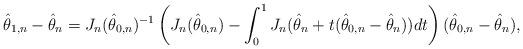
LaTeX: \begin{align*} \hat{\theta}_{1,n} - \hat{\theta}_{n} = J_n(\hat{\theta}_{0,n})^{-1} \left( J_n(\hat{\theta}_{0,n}) - \int_0^1 J_n(\hat{\theta}_{n} + t(\hat{\theta}_{0,n} - \hat{\theta}_{n}))dt \right) (\hat{\theta}_{0,n} - \hat{\theta}_{n}), \end{align*}